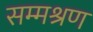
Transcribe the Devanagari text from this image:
सम्मश्रण